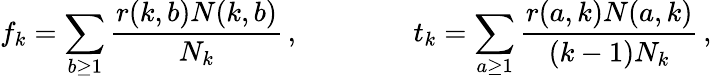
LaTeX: f_{k}=\sum_{b\geq 1}\frac{r(k,b)N(k,b)}{N_{k}}\, ,\qquad\qquad t_{k}=\sum_{a\geq 1}\frac{r(a,k)N(a,k)}{(k-1)N_{k}}\, ,